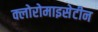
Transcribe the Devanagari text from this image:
क्लोरोमाइसेटीन